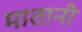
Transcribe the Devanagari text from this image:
मातानी